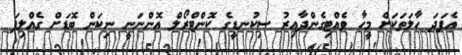
އެފަދަ ހާލަތަކަށް މީހާ ވެއްޓިގެންދާއިރު ސިކުނޑީގެ ކޮންޓްރޯލް އޮންނަނީ ނިކަން ބޮޑަށް ގެއްލިފަ